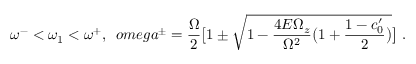
\omega ^ { - } < \omega _ { 1 } < \omega ^ { + } , \ \, o m e g a ^ { \pm } = \frac { \Omega } { 2 } \bigl [ 1 \pm \sqrt { 1 - \frac { 4 E \Omega _ { z } } { \Omega ^ { 2 } } \bigl ( 1 + \frac { 1 - c _ { 0 } ^ { \prime } } { 2 } \bigr ) } \bigr ] \ .